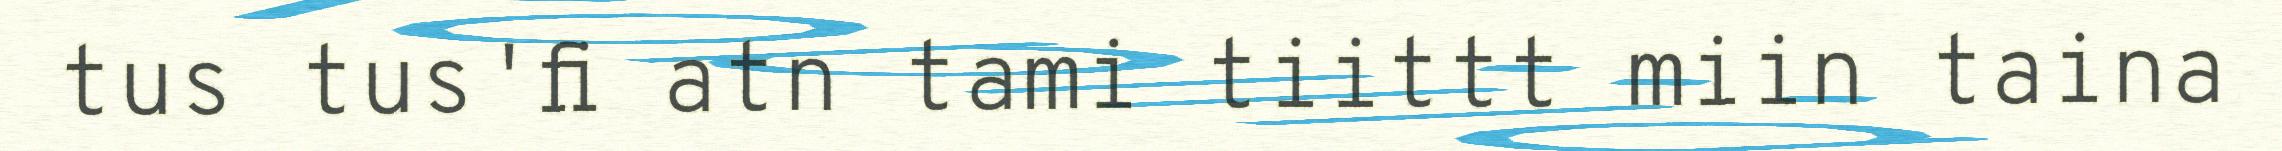
tus tus'fi atn tami tiittt miin taina